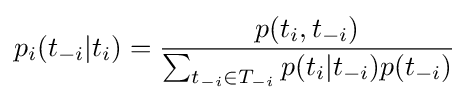
p_{i}(t_{-i}|t_{i})={\frac {p(t_{i},t_{-i})}{\sum _{t_{-i}\in T_{-i}}p(t_{i}|t_{-i})p(t_{-i})}}